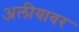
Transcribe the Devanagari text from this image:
अलीयावर